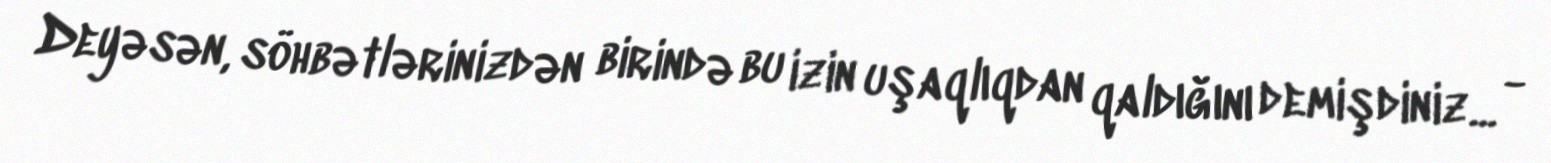
Deyəsən, söhbətlərinizdən birində bu izin uşaqlıqdan qaldığını demişdiniz... -